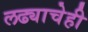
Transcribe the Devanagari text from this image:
लढ्याचेही